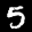
Label: 5